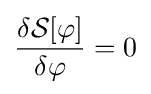
{\frac {\delta {\mathcal {S}}[\varphi ]}{\delta \varphi }}=0